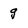
Character: g